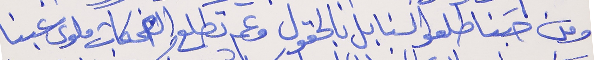
ومن حَبنا طلعو السنابل بالحقول   وعم تطلع والضحكات ملوى عبنا